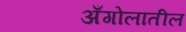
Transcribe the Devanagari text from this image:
अँगोलातील